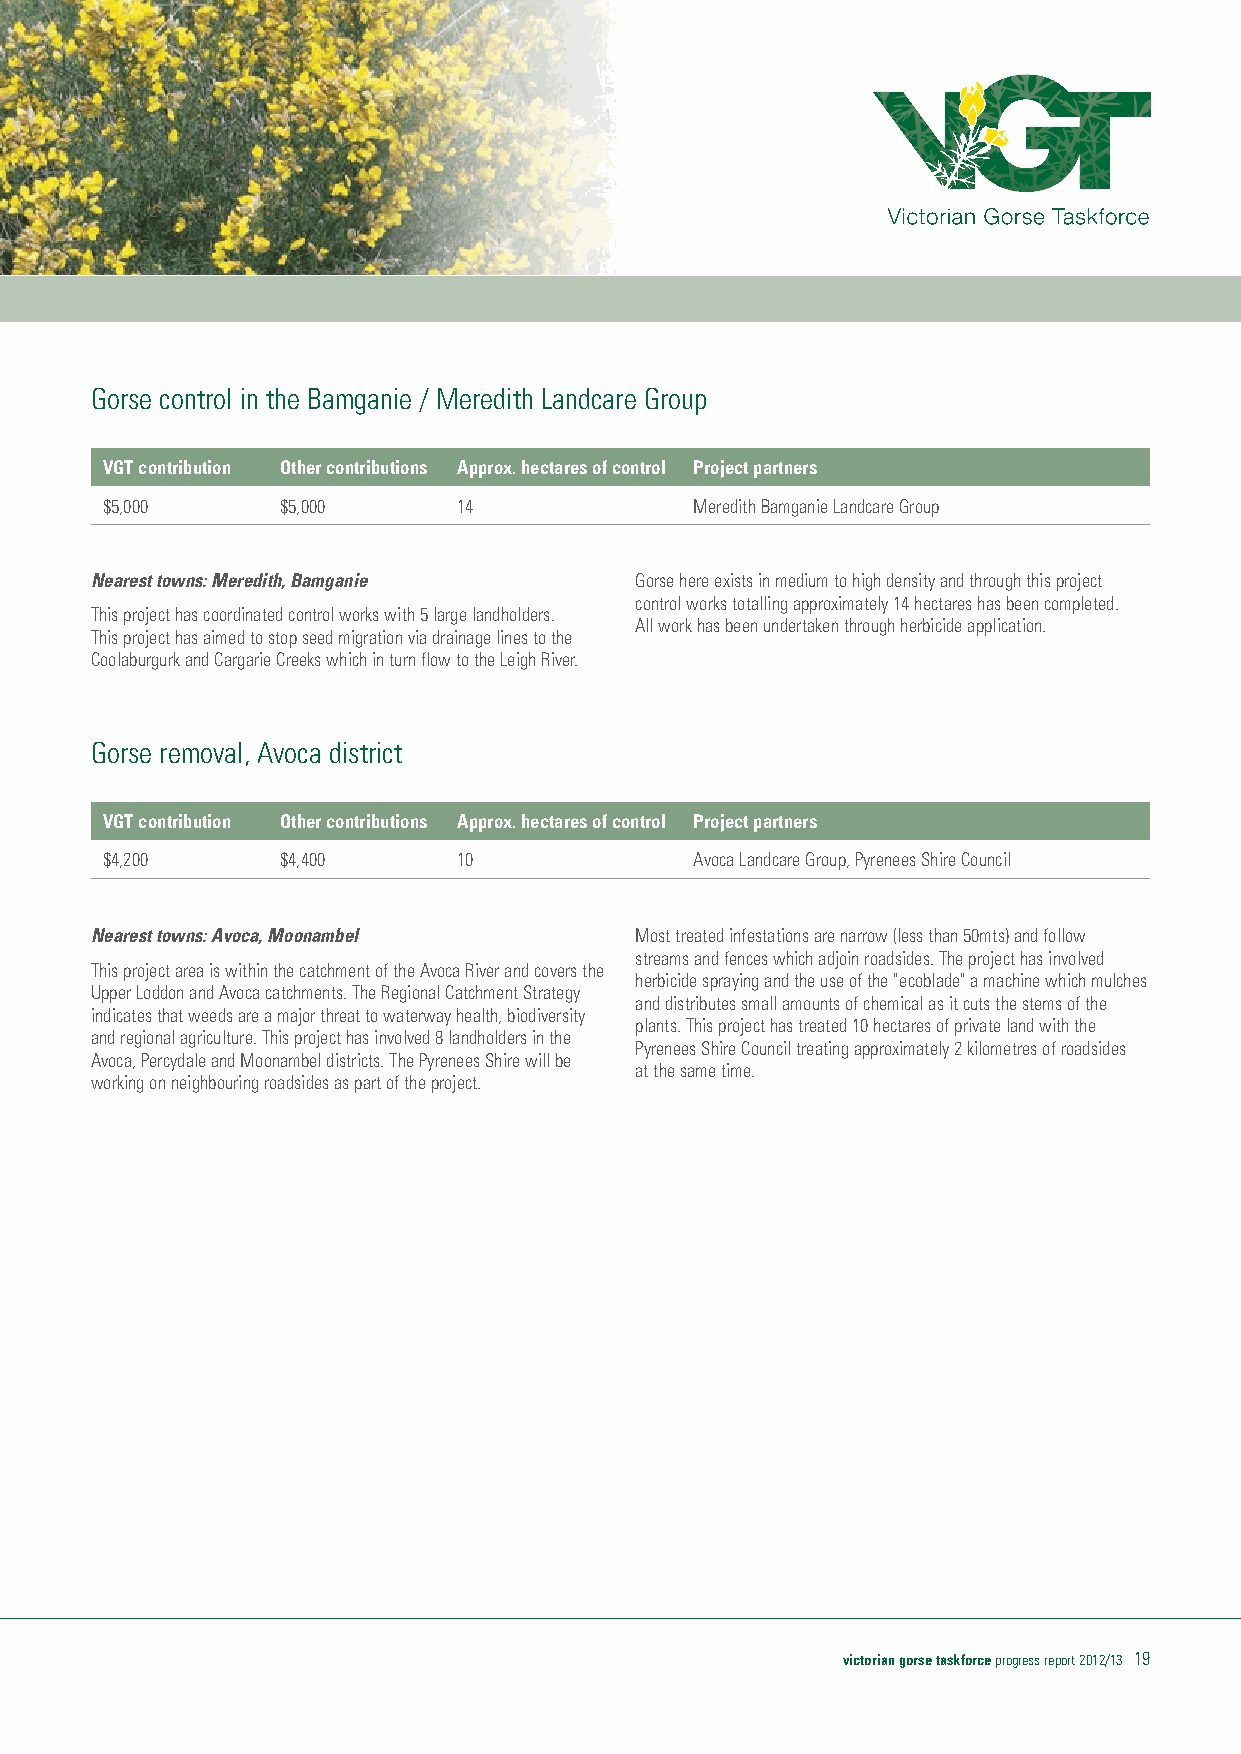
Gorse control in the Bamganie / Meredith Landcare Group
 VGT contribution Other contributions Approx. hectares of control Project partners
 $5,000      $5,000     14              Meredith Bamganie Landcare Group
 Nearest towns: Meredith, Bamganie   Gorse here exists in medium to high density and through this project
 control works totalling approximately 14 hectares has been completed.
 This project has coordinated control works with 5 large landholders.
 All work has been undertaken through herbicide application.
 This project has aimed to stop seed migration via drainage lines to the
 Coolaburgurk and Cargarie Creeks which in turn flow to the Leigh River.
 Gorse removal, Avoca district
 VGT contribution Other contributions Approx. hectares of control Project partners
 $4,200      $4,400     10              Avoca Landcare Group, Pyrenees Shire Council
 Nearest towns: Avoca, Moonambel     Most treated infestations are narrow (less than 50mts) and follow
 streams and fences which adjoin roadsides. The project has involved
 This project area is within the catchment of the Avoca River and covers the
 herbicide spraying and the use of the "ecoblade" a machine which mulches
 Upper Loddon and Avoca catchments. The Regional Catchment Strategy
 and distributes small amounts of chemical as it cuts the stems of the
 indicates that weeds are a major threat to waterway health, biodiversity
 plants. This project has treated 10 hectares of private land with the
 and regional agriculture. This project has involved 8 landholders in the
 Pyrenees Shire Council treating approximately 2 kilometres of roadsides
 Avoca, Percydale and Moonambel districts. The Pyrenees Shire will be
 at the same time.
 working on neighbouring roadsides as part of the project.
 victorian gorse taskforce progress report 2012/13 19